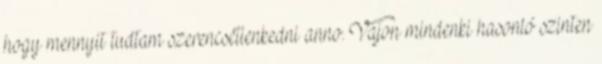
hogy mennyit tudtam szerencsétlenkedni anno. Vajon mindenki hasonló szinten